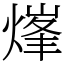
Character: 㷨